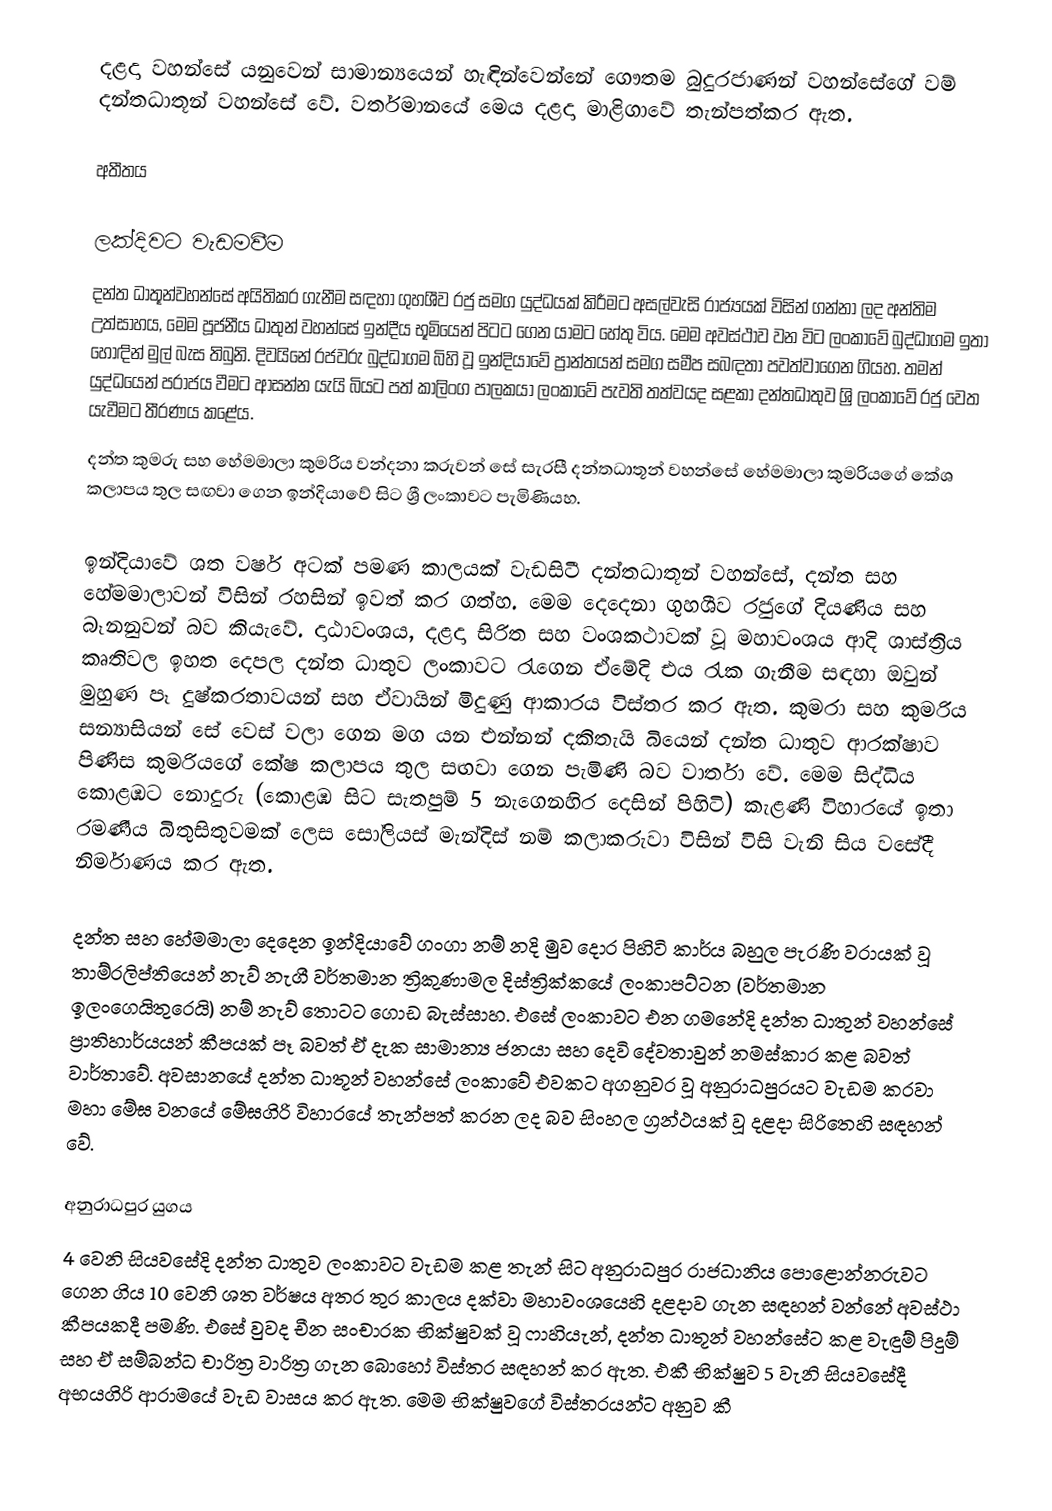
දළදා වහන්සේ යනුවෙන් සාමාන්‍යයෙන් හැඳින්වෙන්නේ  ගෞතම බුදුරජාණන් වහන්සේගේ වම් දන්තධාතූන් වහන්සේ වේ. වර්තමානයේ මෙය දළදා මාළිගාවේ තැන්පත්කර ඇත.

අතීතය

ලක්දිවට වැඩමවීම
දන්ත ධාතූන්වහන්සේ අයිතිකර ගැනීම සඳහා ගුහශීව රජු සමග යුද්ධයක් කිරීමට අසල්වැසි රාජ්‍යයක් විසින් ගන්නා ලද අන්තිම උත්සාහය, මෙම පූජනීය ධාතුන් වහන්සේ ඉන්දීය භූමියෙන් පිටට ගෙන යාමට හේතු විය. මෙම අවස්ථාව වන විට ලංකාවේ බුද්ධාගම ඉතා හොඳින් මුල් බැස තිබුනි. දිවයිනේ රජවරු බුද්ධාගම බිහි වූ ඉන්දියාවේ ප්‍රාන්තයන් සමග සමීප සබඳතා පවත්වාගෙන ගියහ. තමන් යුද්ධයෙන් පරාජය වීම‍ට ආසන්න යැයි බියට පත් කාලිංග පාලකයා ලංකාවේ පැවති තත්වයද සළකා දන්තධාතුව ශ්‍රි ලංකාවේ රජු වෙත යැවීමට තීරණය කළේය.
දන්ත කුමරු සහ හේමමාලා කුමරිය වන්දනා කරුවන් සේ සැරසී දන්තධාතූන් වහන්සේ හේමමාලා කුමරියගේ කේශ කලාපය තුල සඟවා ගෙන ඉන්දියාවේ සිට ශ්‍රී ලංකාවට පැමිණියහ.

ඉන්දියාවේ ශත වර්ෂ අටක් පමණ කාලයක් වැඩසිටී දන්තධාතූන් වහන්සේ, දන්ත සහ හේමමාලාවන් විසින් රහසින් ඉවත් කර ගත්හ. මෙම දෙදෙනා ගුහශීව රජුගේ දියණිය සහ බෑනනුවන් බව කියැවේ. දාඨාවංශය, දළදා සිරිත සහ වංශකථාවක් වූ මහාවංශය ආදි ශාස්ත්‍රිය කෘතිවල ඉහත දෙපල දන්ත ධාතුව ලංකාවට රැගෙන ඒමේදි එය රැක ගැනීම සඳහා ඔවුන් මුහුණ පෑ දුෂ්කරතාවයන් සහ ඒවායින් මිදුණු ආකාරය විස්තර කර ඇත. කුමරා සහ කුමරිය සන්‍යාසියන් සේ වෙස් වලා ගෙන මග යන එන්නන් දකිතැයි බියෙන් දන්ත ධාතුව ආරක්ෂාව පිණිස කුමරියගේ කේෂ කලාපය තුල සඟවා ගෙන පැමිණි බව වාර්තා වේ. මෙම සිද්ධිය කොළඹට නොදුරු (කොළඹ සිට සැතපුම් 5 නැගෙනහිර දෙසින් පිහිටි) කැළණි විහාරයේ ඉතා රමණීය බිතුසිතුවමක් ලෙස සෝලියස් මැන්දිස් නම් කලාකරුවා විසින් විසි වැනි සිය වසේදී නිර්මාණය කර ඇත.

දන්ත සහ හේමමාලා දෙදෙන ඉන්දියාවේ ගංගා නම් නදි මුව දොර පිහිටි කාර්ය බහුල පැරණි වරායක් වූ තාම්රලිප්තියෙන් නැව් නැගී වර්තමාන ත්‍රිකුණාමල දිස්ත්‍රික්කයේ ලංකාපට්ටන (වර්තමාන ඉලංගෙයිතුරෙයි) නම් නැව් තොටට ගොඩ බැස්සාහ. එසේ ලංකාවට එන ගමනේදි දන්ත ධාතුන් වහන්සේ ප්‍රාතිහාර්යයන් කීපයක් පෑ බවත් ඒ දැක සාමාන්‍ය ජනයා සහ දෙවි දේවතාවුන් නමස්කාර කළ බවත් වාර්තාවේ. අවසානයේ දන්ත ධාතූන් වහන්සේ ලංකාවේ එවකට අගනුවර වූ අනුරාධපුරයට වැඩම කරවා මහා මේඝ වනයේ මේඝගිරි විහාරයේ තැන්පත් කරන ලද බව සිංහල ග්‍රන්ථයක් වූ දළදා සිරිතෙහි සඳහන් වේ.

අනුරාධපුර යුගය
4 වෙනි සියවසේදි දන්ත ධාතුව ලංකාවට වැඩම කළ තැන් සිට අනුරාධපුර රාජධානිය පොළොන්නරුවට ගෙන ගිය 10 වෙනි ශත වර්ෂය අතර තුර කාලය දක්වා මහාවංශයෙහි දළදාව ගැන සඳහන් වන්නේ අවස්ථා කීපයකදී පමණි. එසේ වුවද චීන සංචාරක භික්ෂුවක් වූ ෆාහියැන්, දන්ත ධාතූන් වහන්සේට කළ වැඳුම් පිදුම් සහ ඒ සම්බන්ධ චාරිත්‍ර වාරිත්‍ර ගැන බොහෝ විස්තර සඳහන් කර ඇත. එකී භික්ෂුව 5 වැනි සියවසේදී අභයගිරි ආරාමයේ වැඩ වාසය කර ඇත. මෙම භික්ෂුවගේ විස්තරයන්ට අනුව කී